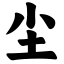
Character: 尘